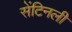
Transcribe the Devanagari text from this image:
सेंटिनली